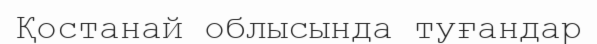
Қостанай облысында туғандар